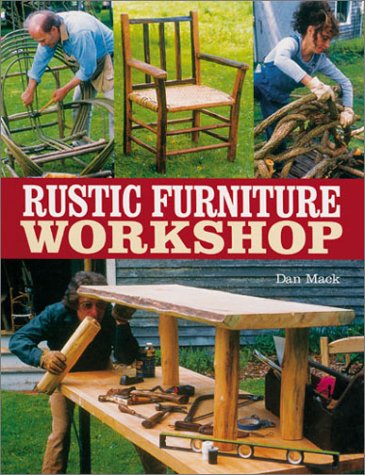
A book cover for Rustic Furniture Workshop; Dan Mack; Crafts, Hobbies & Home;